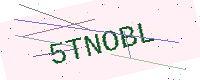
Text: 5TNOBL